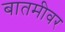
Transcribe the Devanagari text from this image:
बातमीवर